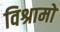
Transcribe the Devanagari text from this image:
विश्रामो